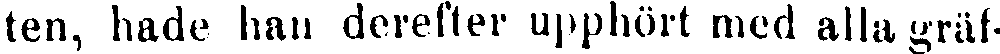
ten, hade han derefter upphört med alla gräf-